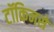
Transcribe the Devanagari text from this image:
टॉकिनसे